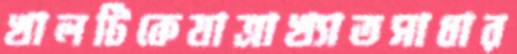
খালটিকেযাত্রাখ্যাতসাধার